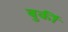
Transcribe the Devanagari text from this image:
बुर्की